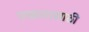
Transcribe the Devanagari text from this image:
एकारासाठी